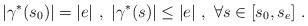
LaTeX: \begin{align*}|\gamma^*(s_0)| = |e|\ ,\ |\gamma^*(s)|\leq |e|\ ,\ \forall s\in [s_0, s_e]\ .\end{align*}